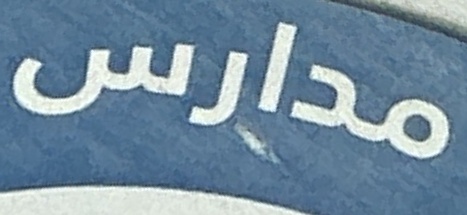
مدارس